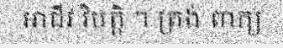
អាជីវ វិបត្តិ ។ ត្រង់ ពាក្យ